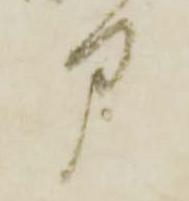
部